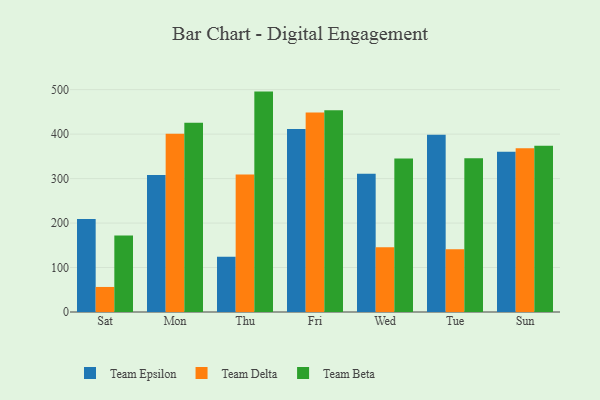
{"axis": {"x": "Day", "y": "Latency (ms)"}, "legend": ["Team Beta", "Team Delta", "Team Epsilon"], "data": [{"x": "Sat", "y": 208.9, "type": "Team Epsilon"}, {"x": "Sat", "y": 56.3, "type": "Team Delta"}, {"x": "Sat", "y": 171.8, "type": "Team Beta"}, {"x": "Mon", "y": 307.8, "type": "Team Epsilon"}, {"x": "Mon", "y": 401.0, "type": "Team Delta"}, {"x": "Mon", "y": 425.5, "type": "Team Beta"}, {"x": "Thu", "y": 124.0, "type": "Team Epsilon"}, {"x": "Thu", "y": 309.0, "type": "Team Delta"}, {"x": "Thu", "y": 495.6, "type": "Team Beta"}, {"x": "Fri", "y": 411.6, "type": "Team Epsilon"}, {"x": "Fri", "y": 448.4, "type": "Team Delta"}, {"x": "Fri", "y": 453.8, "type": "Team Beta"}, {"x": "Wed", "y": 310.9, "type": "Team Epsilon"}, {"x": "Wed", "y": 145.7, "type": "Team Delta"}, {"x": "Wed", "y": 345.2, "type": "Team Beta"}, {"x": "Tue", "y": 398.6, "type": "Team Epsilon"}, {"x": "Tue", "y": 141.3, "type": "Team Delta"}, {"x": "Tue", "y": 346.0, "type": "Team Beta"}, {"x": "Sun", "y": 360.1, "type": "Team Epsilon"}, {"x": "Sun", "y": 368.3, "type": "Team Delta"}, {"x": "Sun", "y": 373.7, "type": "Team Beta"}]}